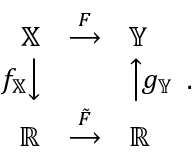
\begin{array} { r } { \begin{array} { r c l } { \mathbb { X } } & { \stackrel { F } { \longrightarrow } } & { \mathbb { Y } } \\ { f _ { \mathbb { X } } { \Big \downarrow } } & { } & { { \Big \uparrow } g _ { \mathbb { Y } } } \\ { \mathbb { R } } & { \stackrel { \tilde { F } } { \longrightarrow } } & { \mathbb { R } } \end{array} . } \end{array}